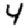
Digit: 4